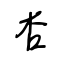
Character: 杏